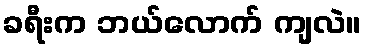
ခရီးက ဘယ်လောက် ကျလဲ။